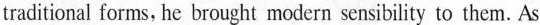
traditional forms, he brought modern sensibility to them. As